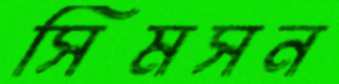
সিমসন